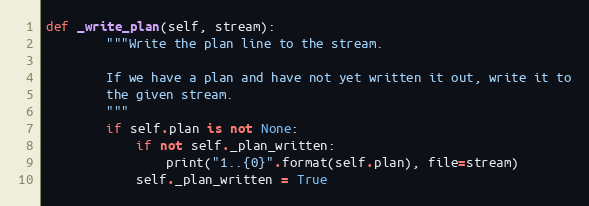
Language: Python
def _write_plan(self, stream):
        """Write the plan line to the stream.

        If we have a plan and have not yet written it out, write it to
        the given stream.
        """
        if self.plan is not None:
            if not self._plan_written:
                print("1..{0}".format(self.plan), file=stream)
            self._plan_written = True